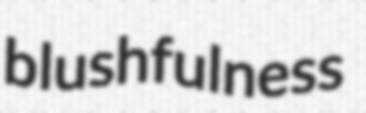
blushfulness